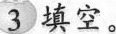
3填空。